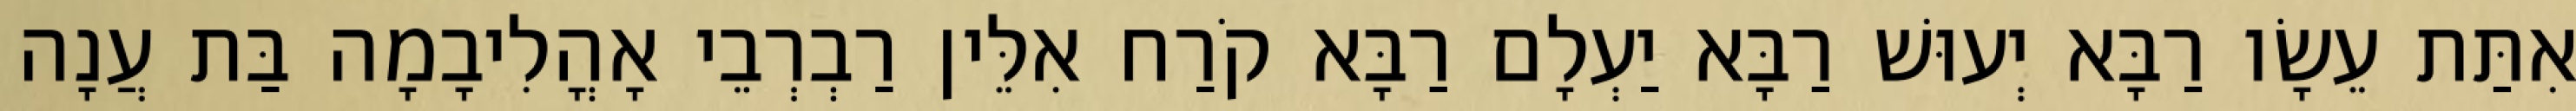
אִתַּת עֵשָׂו רַבָּא יְעוּשׁ רַבָּא יַעְלָם רַבָּא קֹרַח אִלֵּין רַבְרְבֵי אָהֳלִיבָמָה בַּת עֲנָה